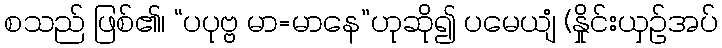
စသည် ဖြစ်၏၊ “ပပုဗ္ဗ မာ=မာနေ”ဟုဆို၍ ပမေယျံ (နှိုင်းယှဉ်အပ်